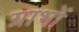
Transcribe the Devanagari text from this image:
ग्राभों